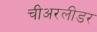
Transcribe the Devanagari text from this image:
चीअरलीडर